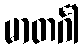
မာတင်္ဂါ